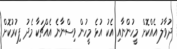
ދުވާލު އެއްކޮށް މީހުންނާއި އެކު އުޅެ މީހުން ވިސްނާނެ އެއްޗަކާ މެދު ފިކުރުކޮށް